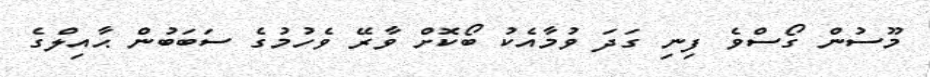
މޫސުން ގޯސްވެ ފިނި ގަދަ ވުމާއެކު ބޯކޮށް ވާރޭ ވެހުމުގެ ސަބަބުން ޙާއިލްގެ